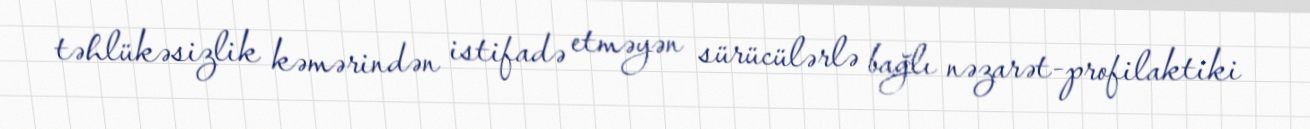
təhlükəsizlik kəmərindən istifadə etməyən sürücülərlə bağlı nəzarət-profilaktiki